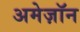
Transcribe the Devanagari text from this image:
अमेज़ॉन